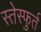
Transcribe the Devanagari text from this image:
स्तेस्फुर्त